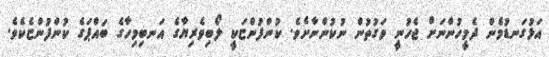
އަޅުގަނޑުމެން ދެމީހުންނަށް ޖެހުނީ ވަގުތުން ނުކުންނާށެވެ. ކުންފުންޏަކީ ލޯބިވެރިޔާގެ އަނބިމިހާގެ ބައްޕަގެ ކުންފުންޏެކެވެ.